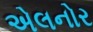
એલનોર